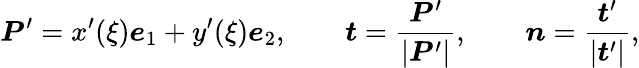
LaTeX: \boldsymbol{P}^{\prime}=x^{\prime}(\xi)\boldsymbol{e}_{1}+y^{\prime}(\xi)\boldsymbol{e}_{2},\qquad\boldsymbol{t}=\frac{\boldsymbol{P}^{\prime}}{|\boldsymbol{P}^{\prime}|},\qquad\boldsymbol{n}=\frac{\boldsymbol{t}^{\prime}}{|\boldsymbol{t}^{\prime}|},